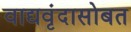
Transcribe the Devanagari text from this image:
वाद्यवृंदासोबत